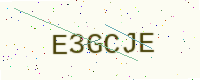
Text: E3GCJE